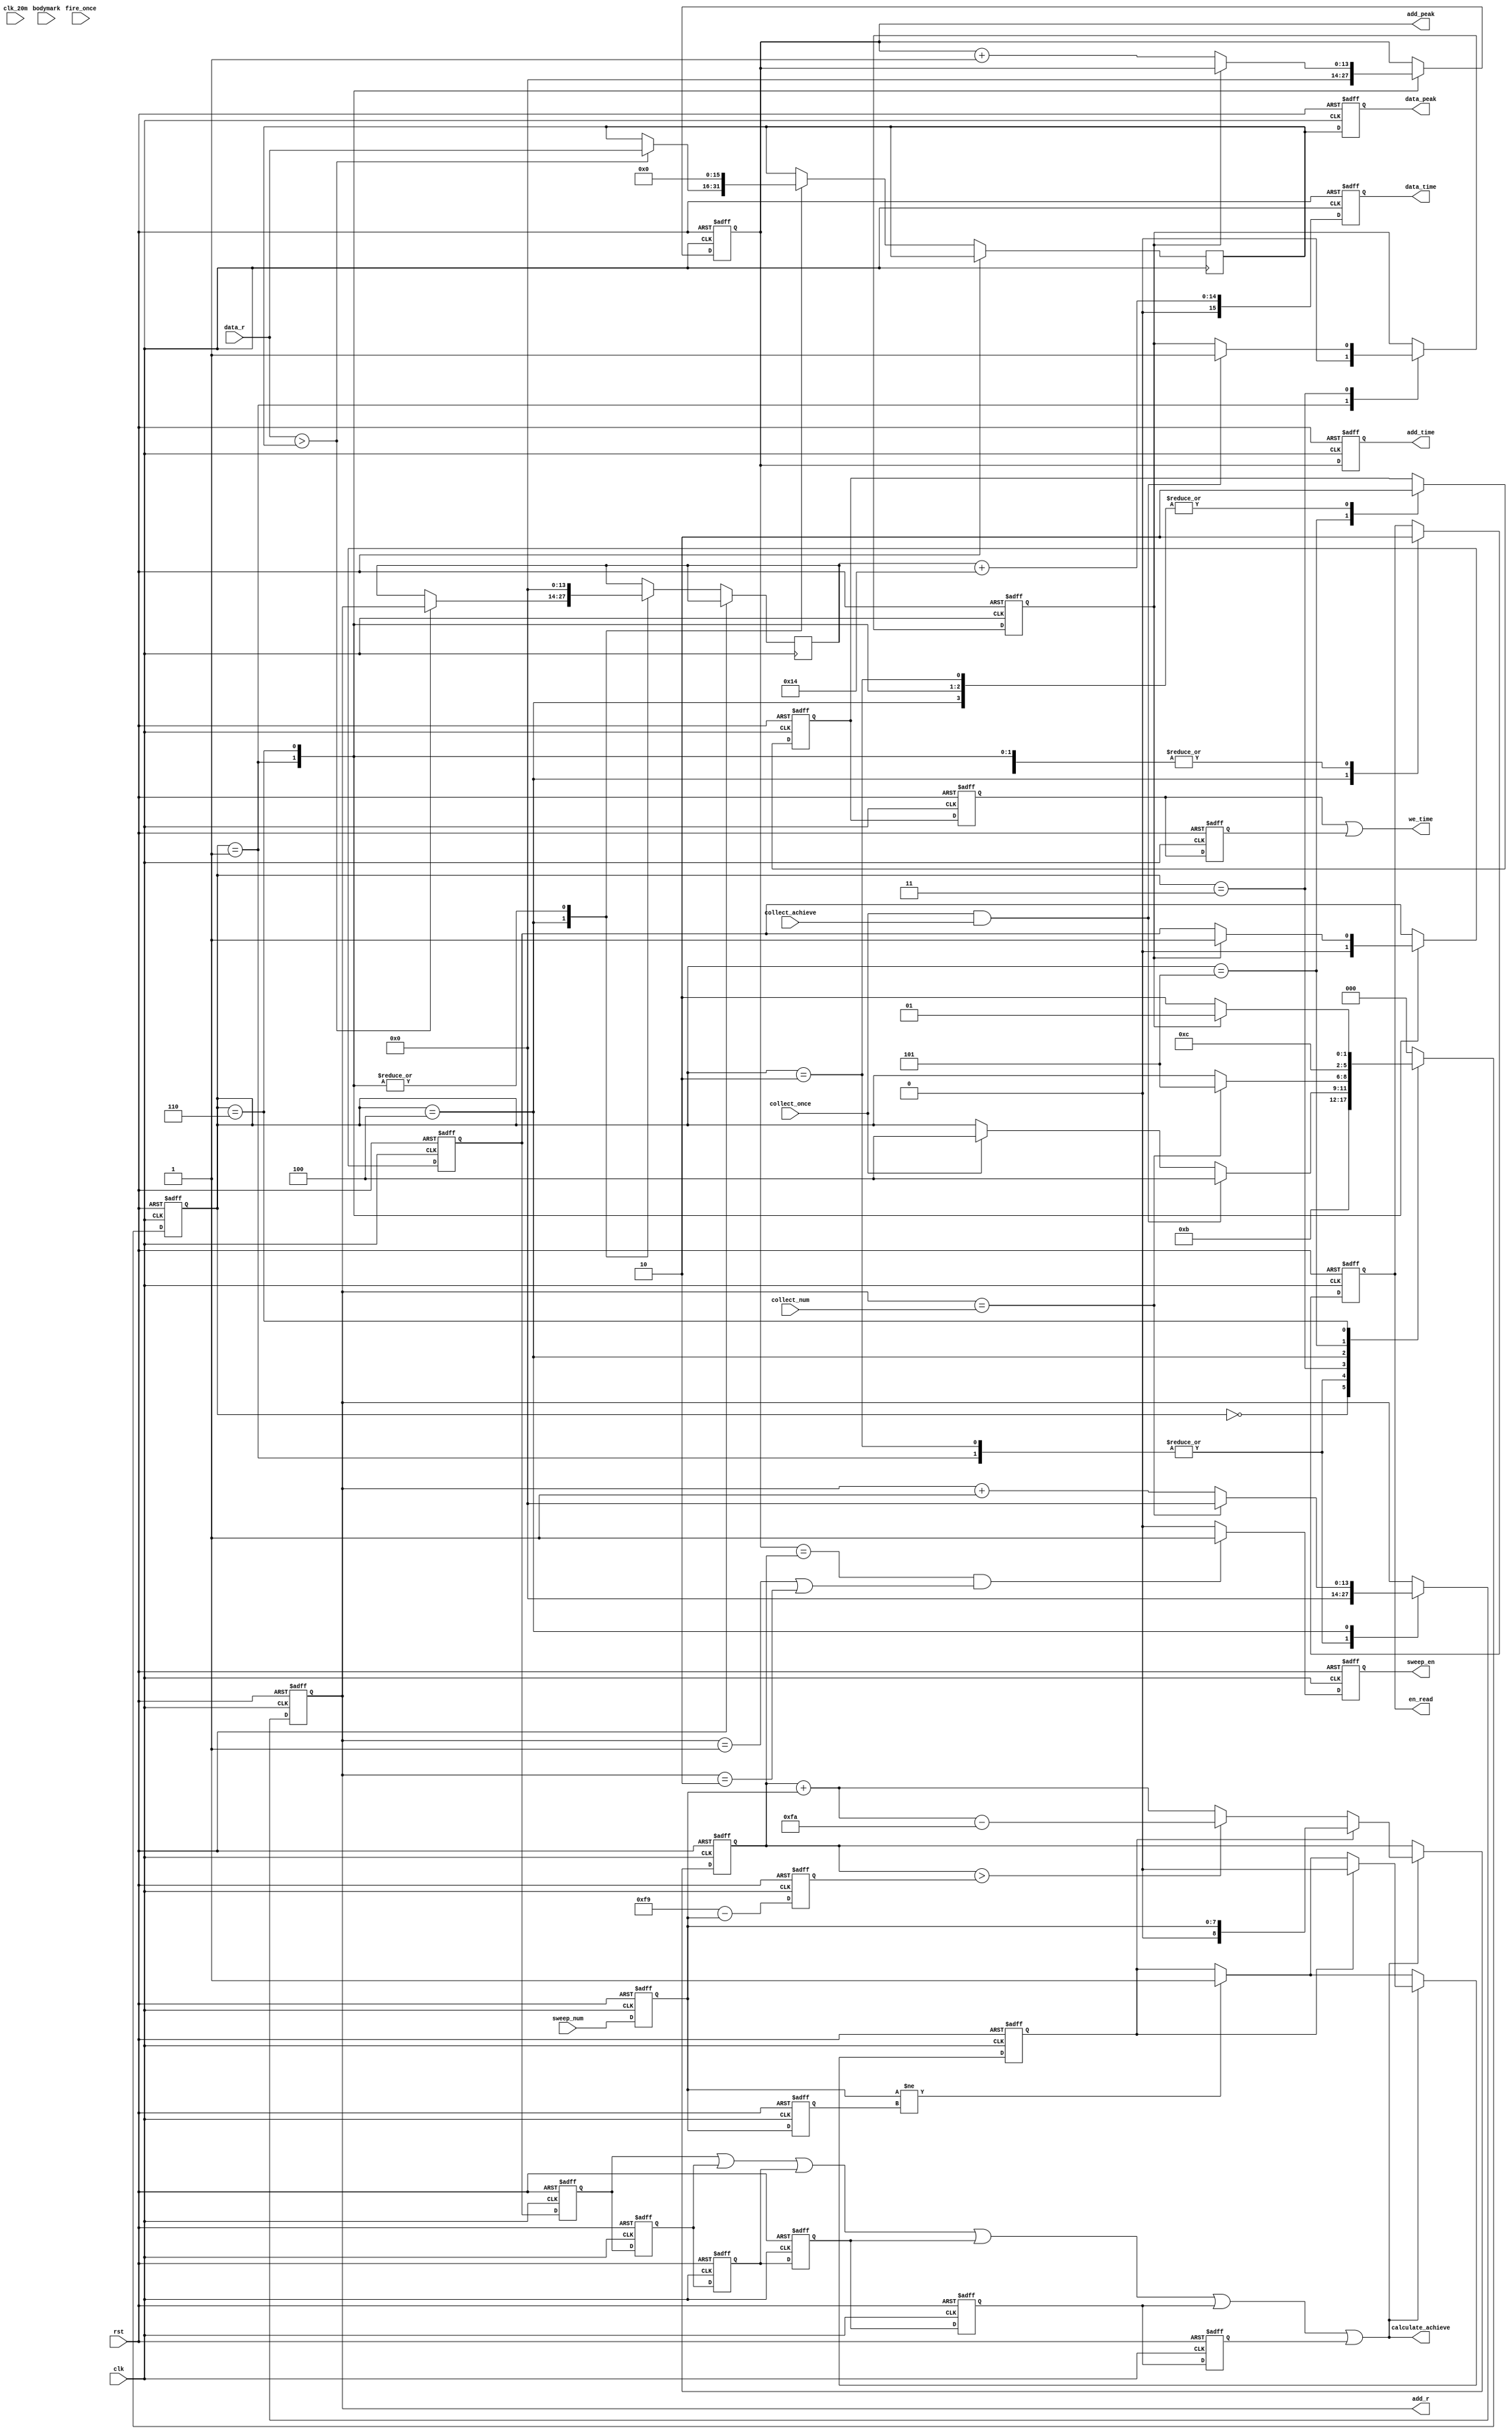
`timescale 1ns / 1ps
//////////////////////////////////////////////////////////////////////////////////
// ADCRAM
//////////////////////////////////////////////////////////////////////////////////


module calculate(
    input clk,
    input clk_20m,
    input rst,
    output en_read,
    output [13:0] add_r,
    input [15:0] data_r,
    input [13:0]collect_num,
    input bodymark,
    input fire_once,
    input collect_once,
    input collect_achieve,
    input [7:0]sweep_num,//*********
    output reg sweep_en,//  *********************
    output  we_time,//(we_out)
    output reg[13:0]add_time,//(wadd_out)
    output [13:0]add_peak,
    output reg[15:0]data_time,
    output reg[15:0]data_peak,
//    output calculate_once,
    output calculate_achieve
    );
    
reg c_ach;
reg en_r;
reg cl_t_ach , cl_ach1 , cl_ach2 ,cl_ach3,cl_ach4,cl_ach5,cl_ach6;
reg c_o_t,c_o1,c_o2,c_o3,c_o4,c_o5,c_o6;
reg we_peak;
reg we_t1,we_t2;

reg [13:0]acq_cnt;
reg [13:0]add_cnt;
reg [15:0]d_amp;
reg [15:0]a_time;
reg [15:0]a_amp;
reg [13:0]r_add_s;
reg [8:0]sweep_cnt = 9'd0;
reg [7:0]sweep_t;//***********sweep_t
reg [7:0]sweep_num1,sweep_num2;
reg sweep_change;

/****************** useful parameter ***********************/
parameter over_zero = 16'd1;//when adc data > 16'd1 -> the first wave arrival

reg [2:0]state;
parameter IDLE = 3'b000;
parameter STARTCYCLE = 3'b001;
parameter STARTONCE = 3'b010;
parameter WAIT = 3'b011;
parameter CAL = 3'b100;
parameter WRITE = 3'b101;
parameter DONE = 3'b110;

parameter delay_time = 16'd20;//delay time 0.05us (20MHz)

assign en_read = en_r;
assign add_r = acq_cnt;
assign add_peak = add_cnt;
assign calculate_achieve = cl_ach1 | cl_ach2 | cl_ach3 | cl_ach4 | cl_ach5 | cl_ach6;
assign we_time = we_t1 | we_t2;

always@(negedge clk , posedge rst)
begin
    if(rst)
    begin
        we_t1 <= 1'b0;
        we_t2 <= 1'b0;
        add_time <= 14'd0;
        data_time <= 8'd0;
        data_peak <= 12'd0;
    end
    else
    begin
        we_t1 <= we_peak;
        we_t2 <= we_t1;
        add_time <= add_cnt;
        data_time <= r_add_s + delay_time;//adcdelay + r_add_s
        data_peak <= d_amp;
    end
end

always@(posedge clk , posedge rst)
begin 
    if(rst)
    begin
        sweep_num1 <= 8'd0;
        sweep_num2 <= 8'd0;
    end
    else
    begin
        sweep_num1 <= sweep_num;
        sweep_num2 <= sweep_num1;
    end
end

always@(posedge clk, posedge rst)
begin
    if(rst)
    begin
        sweep_en <= 1'b0;
        sweep_cnt <= 9'd0;
        sweep_change <= 1'b0;
        sweep_t <= 8'd249;
    end
    else 
    begin
        sweep_t <= 8'd249 - sweep_num1;
        if(sweep_num1 != sweep_num2)
            sweep_change <= 1'b1;
        
        if(calculate_achieve)
        begin
            if(sweep_change)
            begin
                sweep_cnt <= sweep_num1;
                sweep_change <= 1'b0;
            end
            else if(sweep_cnt > sweep_t)
                sweep_cnt <= sweep_cnt + sweep_num1 - 8'd250;
                //0->249fpga 249 
            else
                sweep_cnt <= sweep_cnt + sweep_num1;
        end
        
        
        if((add_cnt == sweep_cnt) && (acq_cnt == 14'd1 || acq_cnt == 14'd2 ))
            sweep_en <= 1'b1;
        else
            sweep_en <= 1'b0;
    end
end

always@(posedge clk , posedge rst)
begin
    if(rst)
    begin
        state <= IDLE;
        acq_cnt <= 14'd0;
       c_ach <= 1'b0;
       en_r <= 1'b0;
       cl_t_ach <= 1'b0;
       add_cnt <= 14'd0;
       we_peak <= 1'b0;
       c_o_t <= 1'b0;
    end
    else
    begin
        case(state)
        IDLE:
        begin
//            if(collectmark)
                state <= STARTCYCLE;
        end
        
        STARTCYCLE:
        begin
            d_amp <= 16'd0;
            r_add_s <= 14'd0;
            c_ach <= 1'b0;
            acq_cnt <= 14'd0;
            en_r <= 1'b0;
            we_peak <= 1'b0;
            cl_t_ach <= 1'b0;
            add_cnt <= 14'd0;
//            if(fire_once)
//            begin
                state <= WAIT;
//            end
        end
        
        STARTONCE:
        begin
            acq_cnt <= 14'd0;
            we_peak <= 1'b0;
//            if(fire_once)
                state <= WAIT;
        end
        
        WAIT:
        begin
            if(collect_once == 1 && collect_achieve == 1)
            begin
                c_ach <= 1'b1;
                state <= CAL;
            end
            else if(collect_once == 1)
                state <= CAL;
        end
        
        CAL:
        begin
            en_r <= 1'b1;
            we_peak <= 1'b0;
            if(acq_cnt == collect_num)
            begin
                state <= WRITE;
                acq_cnt <= 14'd0;
            end
            else
                acq_cnt <= acq_cnt + 1'b1;
            if(data_r > d_amp)
            begin
                d_amp <= data_r;
                r_add_s <= acq_cnt;//
            end
        end
        
        WRITE:
        begin
            c_o_t<= 1'b1;
            we_peak <= 1'b1;
            en_r <= 1'b0;
            state <= DONE;
        end
        
        DONE:
        begin
            c_o_t <= 1'b0;
            en_r <= 1'b0;
            we_peak <= 1'b0;
            d_amp <= 16'd0;
            r_add_s <= 14'd0;
             if(c_ach == 1)
            begin
                state <= STARTCYCLE;
                cl_t_ach <= 1'b1;
            end
            else
            begin
                state <= STARTONCE;
                add_cnt <= add_cnt + 1'b1;
            end
        end
        
        default:
        begin
            state <= IDLE;
        end
        endcase
    end
end

always @(posedge clk or posedge rst)
begin
    if(rst)
    begin
        cl_ach1 <= 1'b0;
        cl_ach2 <= 1'b0;
        cl_ach3 <= 1'b0;
        cl_ach4 <= 1'b0;
        cl_ach5 <= 1'b0;
        cl_ach6 <= 1'b0;
        c_o1 <= 1'b0;
        c_o2 <= 1'b0;
        c_o3 <= 1'b0;
        c_o4 <= 1'b0;
        c_o5 <= 1'b0;
        c_o6 <= 1'b0;
    end
    else
    begin
        cl_ach1 <= cl_t_ach;
        cl_ach2 <= cl_ach1;
        cl_ach3 <= cl_ach2;
        cl_ach4 <= cl_ach3;
        cl_ach5 <= cl_ach4;
        cl_ach6 <= cl_ach5;
        c_o1 <= c_o_t;
        c_o2 <= c_o1;
        c_o3 <= c_o2;
        c_o4 <= c_o3;
        c_o5 <= c_o4;
        c_o6 <= c_o5;
    end
end
    
endmodule